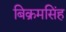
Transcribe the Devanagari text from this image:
बिक्रमसिंह